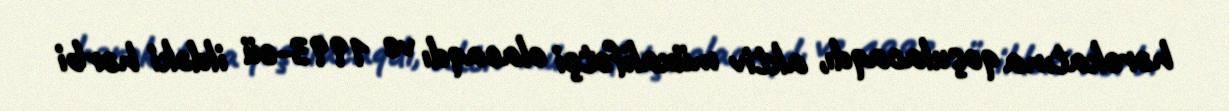
hərəkatına qoşulacaqdı, aktiv müxalifətçi olacaqdı ve 1993-cü ildəki hərbi